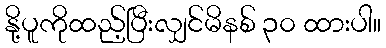
နို့ပူကိုထည့်ပြီးလျှင်မိနစ် ၃၀ ထားပါ။